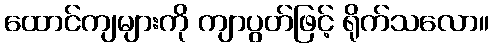
ထောင်ကျများကို ကျာပွတ်ဖြင့် ရိုက်သလော။